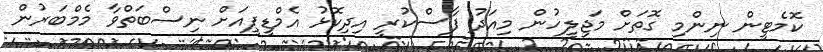
ކޮމެޓީން ނިންމި ގޮތަށް މަޖިލީހުން މިއަދު ފާސްކުރީ އިދިކޮޅު އެމްޑީޕީއަށް ނިސްބަތްވާ މެމްބަރުން